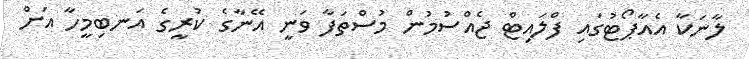
ލާނަކާ އެއާޕޯޓުގައި ފްލައިޓް ޖެއްސުމުން މުސްތަފާ ވަނީ އޭނާގެ ކުރީގެ އަނބިމީހާ އަށް